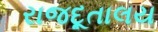
રાજદૂતાલય